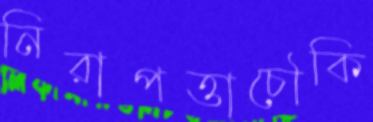
নিরাপত্তাচৌকি